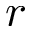
r